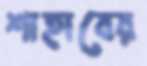
শাহাবের